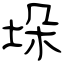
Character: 垛